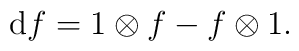
\mathrm{d} f = 1\otimes f - f\otimes 1 .